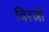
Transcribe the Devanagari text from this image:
त्रिरत्नों